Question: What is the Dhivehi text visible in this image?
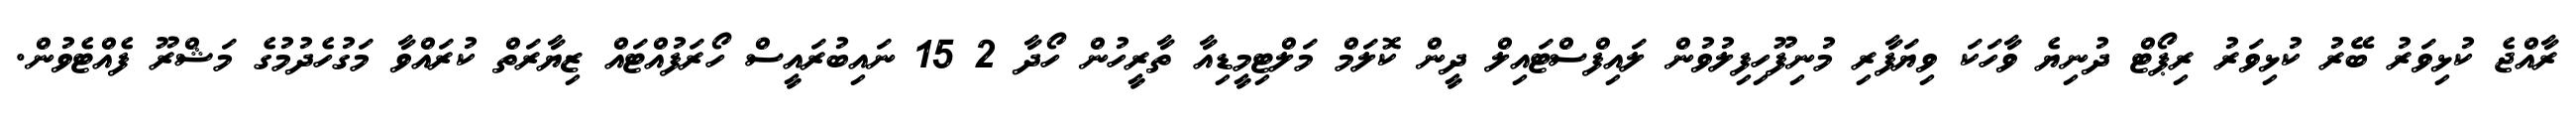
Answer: ރާއްޖެ ކުޅިވަރު ބޭރު ކުޅިވަރު ރިޕޯޓް ދުނިޔެ ވާހަކަ ވިޔަފާރި މުނިފޫހިފިލުވުން ލައިފްސްޓައިލް ދީން ކޮލަމް މަލްޓިމީޑިއާ ތާރީހުން ހޯދާ 2 15 ނައިބުރައީސް ހޯރަފުއްޓައް ޒިޔާރަތް ކުރައްވާ މަގުހެދުމުގެ މަޝްރޫ ފެއްޓެވުން.